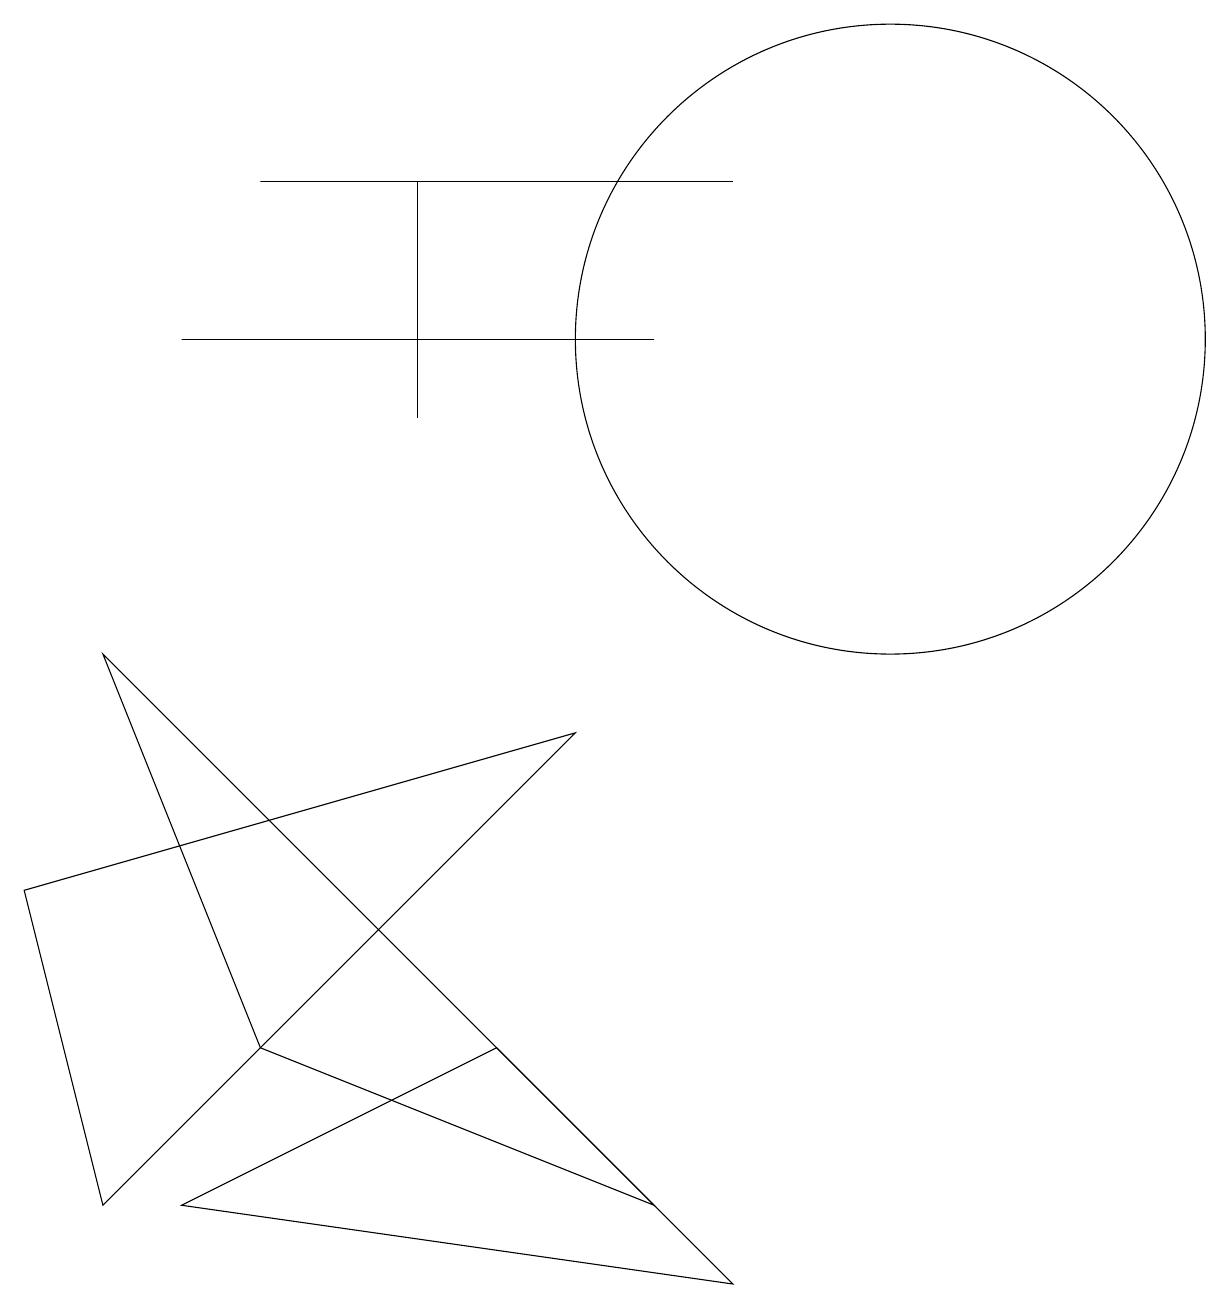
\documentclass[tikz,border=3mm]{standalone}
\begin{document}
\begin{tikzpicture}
\draw (5,14) rectangle (5,11);
\draw (2,1) -- (6,3) -- (9,0) -- cycle;
\draw (11,12) circle (4);
\draw (8,12) rectangle (2,12);
\draw (7,7) -- (1,1) -- (0,5) -- cycle;
\draw (8,1) -- (1,8) -- (3,3) -- cycle;
\draw (9,14) rectangle (3,14);
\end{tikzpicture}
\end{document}